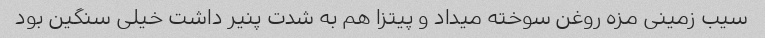
سیب زمینی مزه روغن سوخته میداد و پیتزا هم به شدت پنیر داشت خیلی سنگین بود